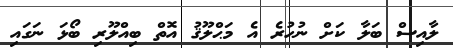
ލާއިސް ބަލާ ކަށް ނުހުރެ އެ މަޙްލޫޤު އޮތް ބިއްލޫރި ބޯޅަ ނަގައި